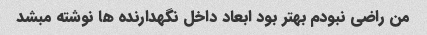
من راضی نبودم بهتر بود ابعاد داخل نگهدارنده ها نوشته مبشد